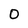
Character: O